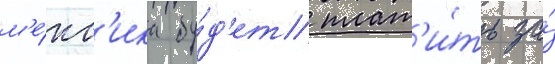
м'е́кс'ика бу́д'ет плат'и́ть за́